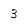
Character: 3